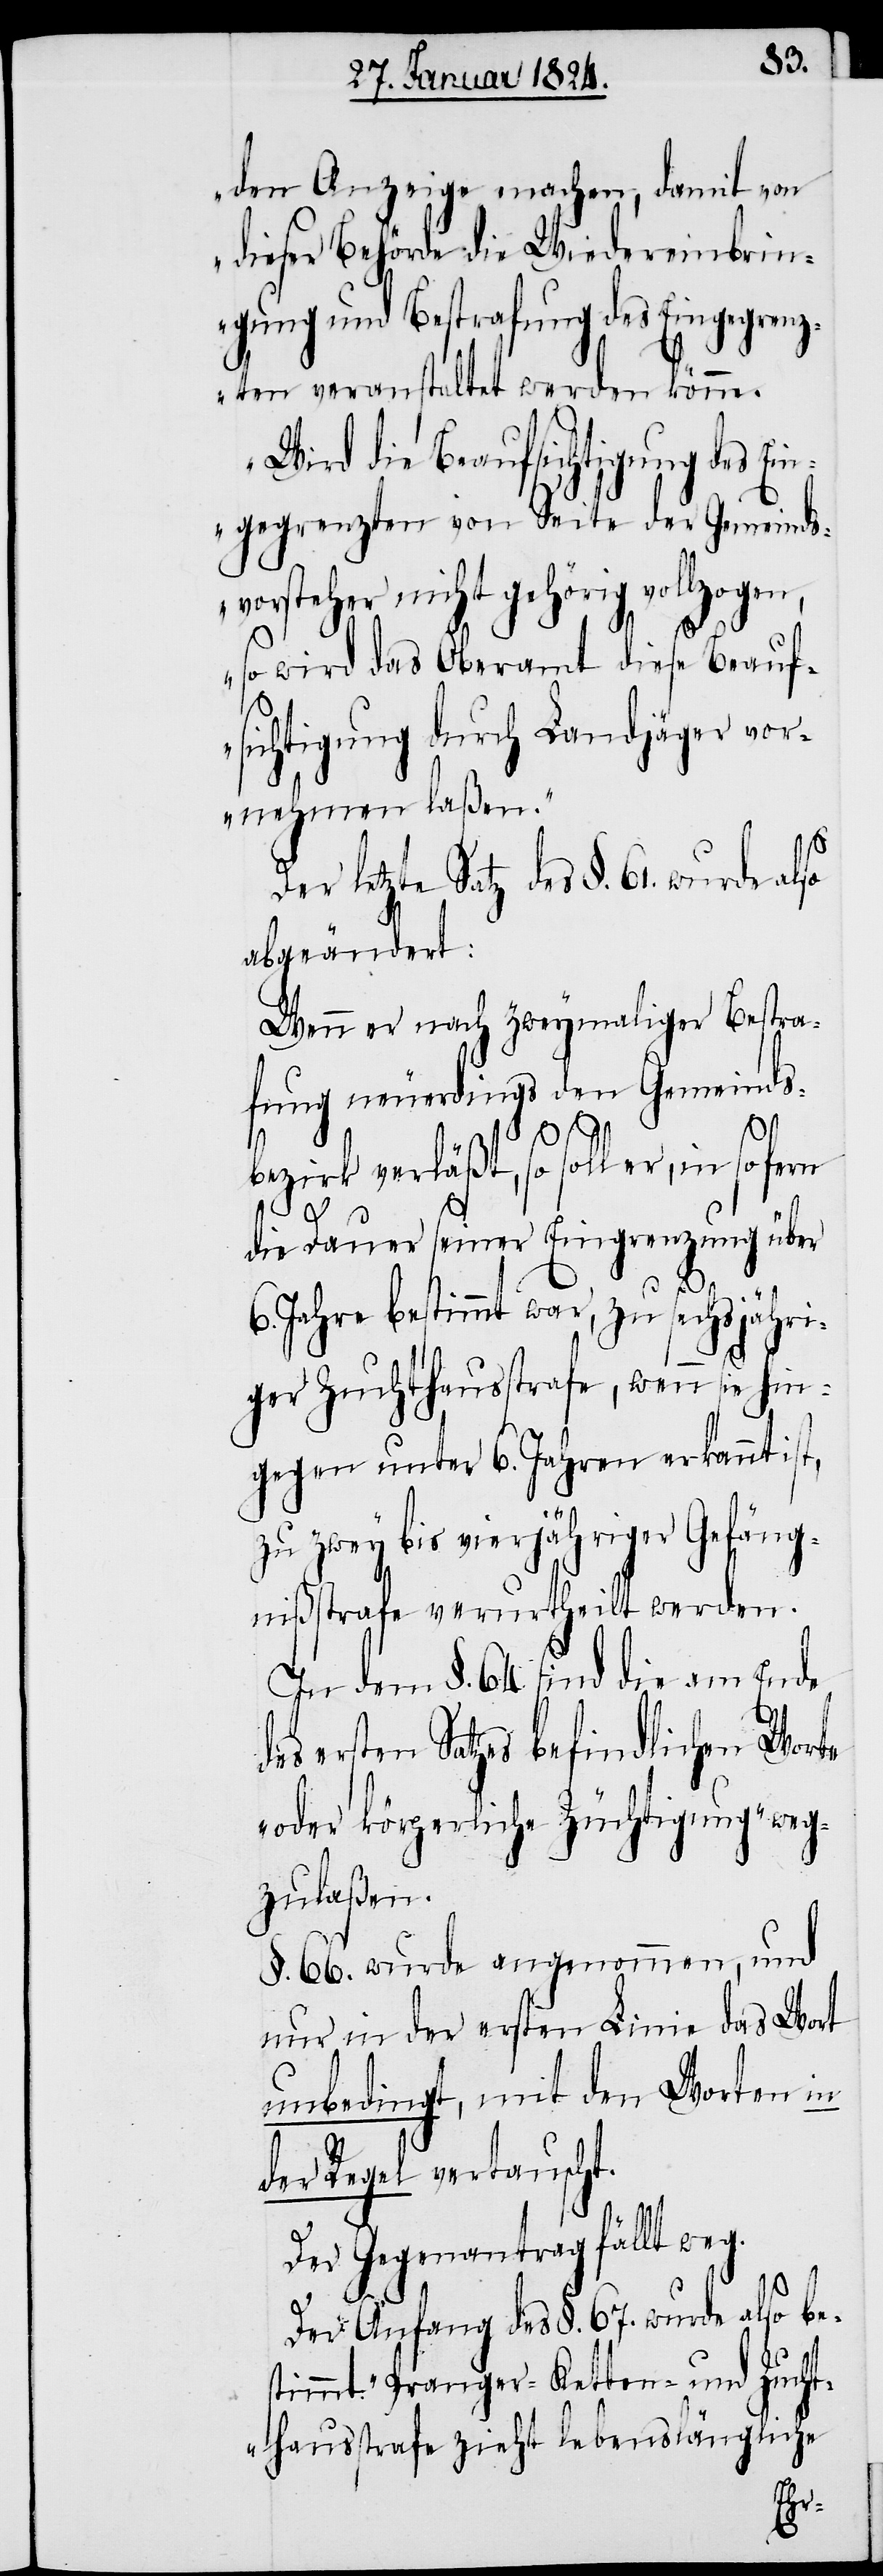
den Anzeige machen, damit von
dieser Behörde die Wiedereinbrin¬
gung und Bestrafung des Eingegrenz¬
ten veranstaltet werden könne.
Wird die Beaufsichtigung des Ei¬
ngegrenzten von Seite der Gemeinds¬
vorsteher nicht gehörig vollzogen,
so
so wird das Oberamt diese Beauf¬
sichtigung durch Landjäger vor¬
nehmen laßen.“
abgeändert:
Wenn er nach zweymaliger Bestra¬
fung neuerdings den Gemeinds¬
bezirk verläßt, so soll er,
die Dauer seiner Eingrenzung über
61.
des
6. Jahre bestimmt war, zu sechsjähri¬
ger Zuchthausstrafe, wenn sie hin¬
gegen unter 6. Jahren erkannt ist,
zu zwey bis vierjähriger Gefäng¬
nißstrafe verurtheilt werden.
In dem §. 64. sind die am Ende
ersten Satzes befindlichen Worte
„oder körperliche Züchtigung“ weg¬
zulaßen.
§. 66. wurde angenommen, und
nur in der ersten Linie das Wort
unbedingt, mit den Worten in
der Regel vertauscht.
Der Gegenantrag fällt weg.
Der Anfang des §. 67. wurde also bes¬
timmt. „Pranger- Ketten- und Zucht¬
hausstrafe zieht lebenslängliche